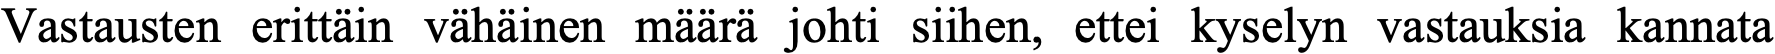
Vastausten erittäin vähäinen määrä johti siihen, ettei kyselyn vastauksia kannata